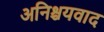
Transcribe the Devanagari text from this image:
अनिश्चयवाद